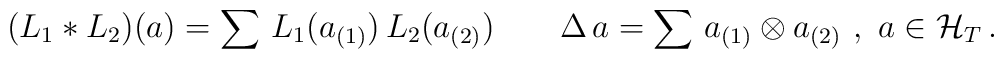
(L_1 * L_2) (a) = \sum \, L_1 (a_{(1)}) \, L_2 (a_{(2)}) \qquad \Delta \, a = \sum \, a_{(1)} \otimes a_{(2)} \ , \ a \in {\cal H}_T \, .